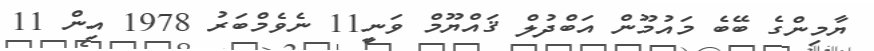
ޔާމިންގެ ބޭބެ މައުމޫން އަބްދުލް ޤައްޔޫމް ވަނީ11 ނެވެމްބަރު 1978 އިން 11